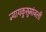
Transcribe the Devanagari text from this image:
न्यायकुसुमांजली